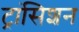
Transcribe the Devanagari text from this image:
ट्रांसिशन